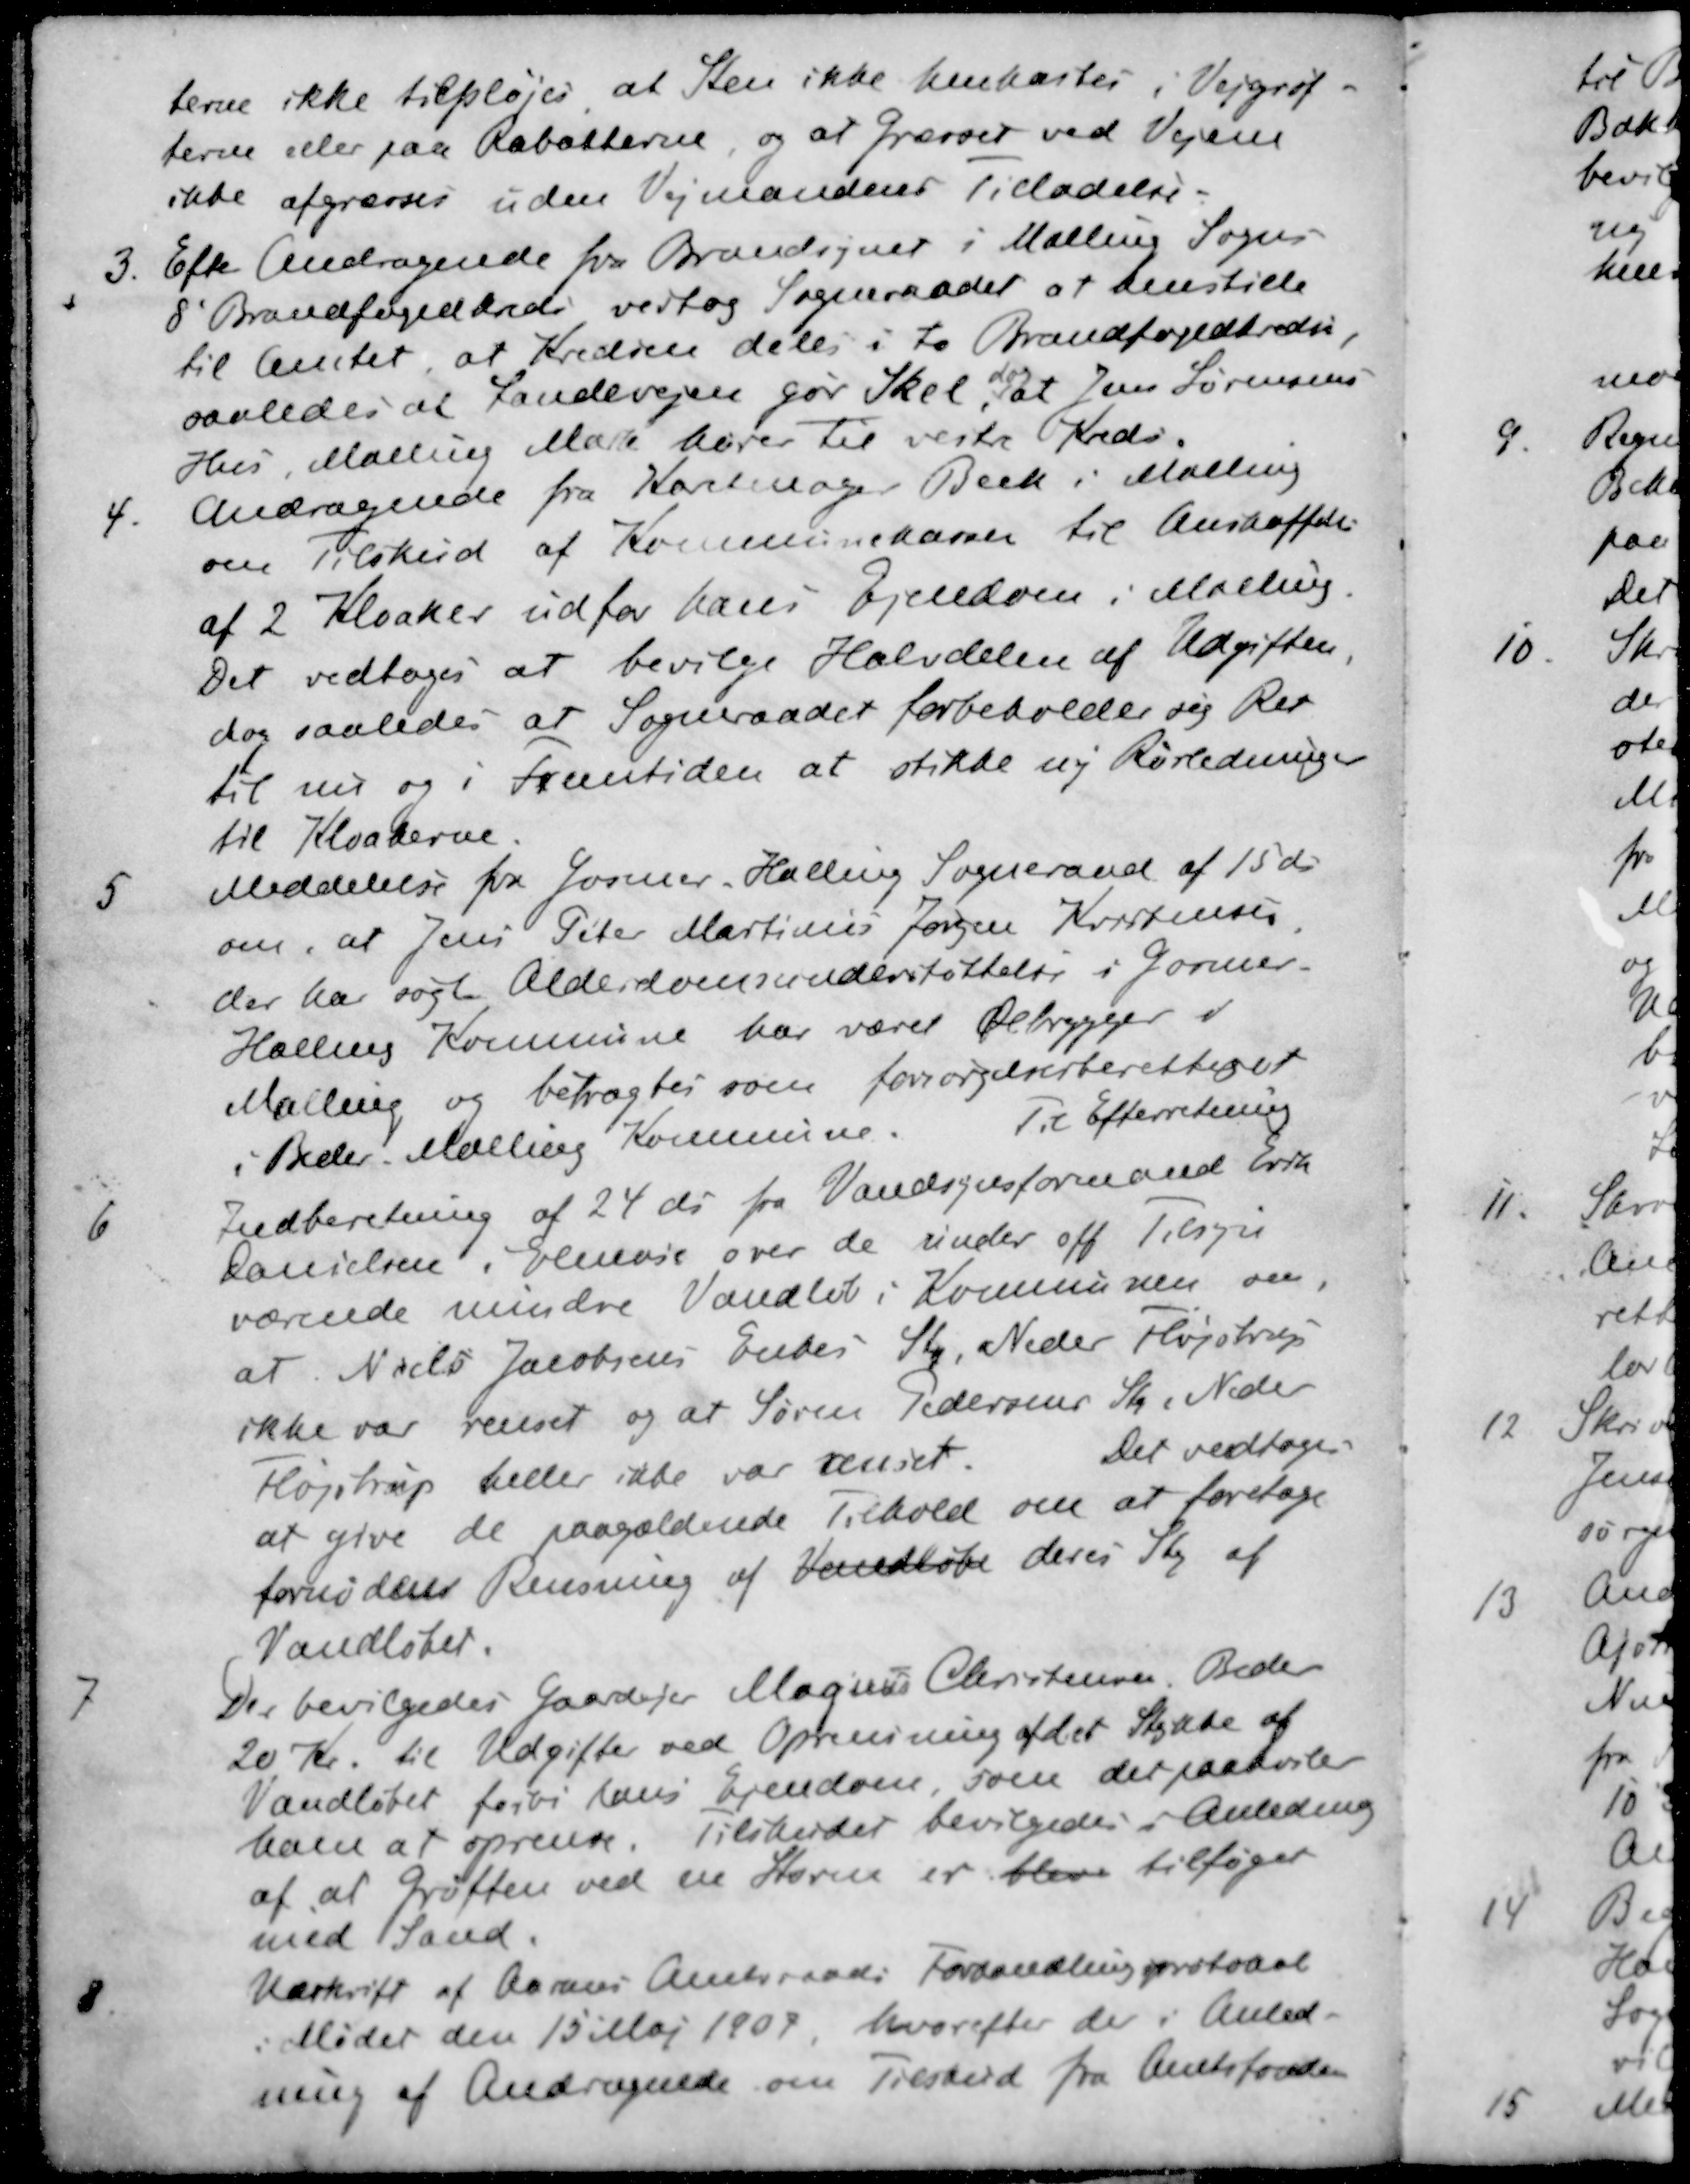
Transskription:
terne ikke tilpløjes at Sten ikke henkastes i Vejgrøf-
terne eller paa Rabatterne og at Grænser ved Vejene
ikke afgraves uden Vejmandens Tilladelse.
3. Efter Andragende fra Brandsynet i Malling Sogns
8' Brandfogedkreds vedtog Sogneraadet at henstille
til Amtet at Kredsen deles i to Brandfogedkredse
dog
saaledes at Landevejen gør Skel, at Jens Sørensens
Hus, Malling Mark hører til vestre Kreds.
4. Andragende fra Karetmager Beck i Malling
om Tilskud af Kommunekassen til Anskaffelse
af 2 Kloaker udfor hans Ejendom i Malling.
Det vedtoges at bevilge Halvdelen af Udgiften
dog saaledes at Sogneraadet forbeholder sig Ret
til nu og i Fremtiden at stikke ny Rørledninger
til Kloakerne.
5. Meddelelse fra Gosmer Halling Sogneraad af 15 ds
om, at Jens Peter Martinus Jørgen Kristensen
der har søgt Alderdomsunderstøttelse i Gosmer
Halling Kommune har været Ølbrygger i
Malling og betragtes som forsørgelsesberettiget
i Beder Malling Kommune. Til Efterretning
6. Indberetning af 24 ds fra Vandsynsformand Erik
Danielsen i Elmose over de under off Tilsyn
værende mindre Vandløb i Kommunen om,
at Niels Jacobsens Enkes St, Neder Fløjstrup
ikke var renset og at Søren Pedersens St Neder
Fløjstrup heller ikke var renset. Det vedtoges.
at give de paagældende Tilhold om at foretage
fornødens Rensning af Vandløb deres St af
Vandløbet.
7. Der bevilgedes Gaardejer Magnus Christensen, Beder
20 Kr. til Udgifter ved Oprensning af det Stykke af
Vandløbet forbi hans Ejendom som det paahviler
ham at oprense. Tilskuddet bevilgedes i Anledning
af at Grøften ved en Storm er blive tilføget
med Sand
8. Udskrift af Agnes Amtsraads Forhandlingsprotokol
i Mødet den 15 Maj 1907, hvorefter de i Anled-
ning af Andragende om Tilskud fra Amtsfonden